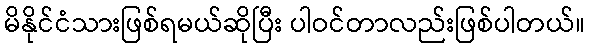
မိနိုင်ငံသားဖြစ်ရမယ်ဆိုပြီး ပါဝင်တာလည်းဖြစ်ပါတယ်။